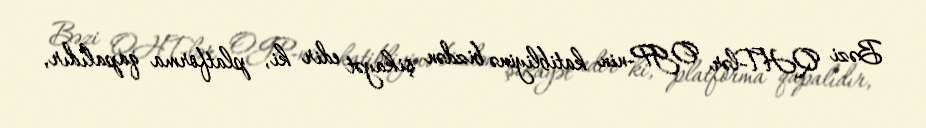
Bəzi QHT-lər OGP-nin katibliyinə bizdən şikayət edir ki, platforma qapalıdır,